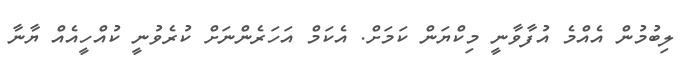
ލިބުމުން އެއްމެ އުފާވާނީ މިކްޔަން ކަމަށް. އެކަމް އަހަރެންނަށް ކުރެވުނީ ކުއްހީއެއް ޔާނާ